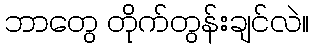
ဘာတွေ တိုက်တွန်းချင်လဲ။